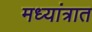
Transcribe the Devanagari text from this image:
मध्यांत्रात